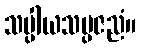
သပ္ပါယသမ္ပဇညံ။